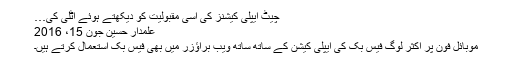
چیٹ ایپلی کیشنز کی اسی مقبولیت کو دیکھتے ہوئے اٹلی کی…
علمدار حسین جون 15، 2016
موبائل فون پر اکثر لوگ فیس بک کی ایپلی کیشن کے ساتھ ساتھ ویب براؤزر میں بھی فیس بک استعمال کرتے ہیں۔